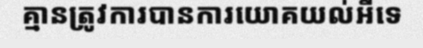
គ្មានត្រូវការបានការយោគយល់អីទេ